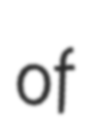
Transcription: of